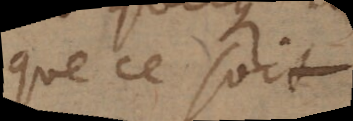
que ce soit,